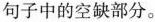
句子中的空缺部分。